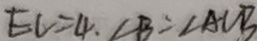
E C = 4 . \angle B = \angle A C B